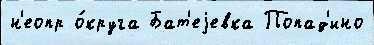
н'еопр о́круга Бат'еjевка Попад'ино